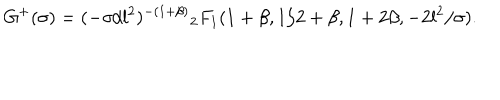
LaTeX: G ^ { + } ( \sigma ) = ( - \sigma / l ^ { 2 } ) ^ { - ( 1 + \beta ) } { } _ { 2 } F _ { 1 } ( 1 + \beta , 1 / 2 + \beta , 1 + 2 \beta , - 2 l ^ { 2 } / \sigma ) .